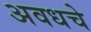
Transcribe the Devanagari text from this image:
अवधचे